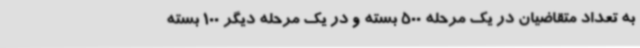
به تعداد متقاضیان در یک مرحله 500 بسته و در یک مرحله دیگر 100 بسته